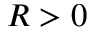
R > 0